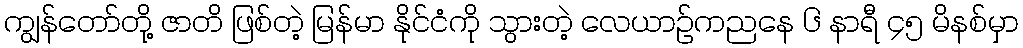
ကျွန်တော်တို့ ဇာတိ ဖြစ်တဲ့ မြန်မာ နိုင်ငံကို သွားတဲ့ လေယာဉ်ကညနေ ၆ နာရီ ၄၅ မိနစ်မှာ